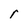
Character: r